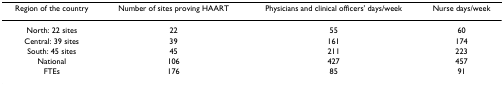
<table><thead><tr><td><b>Region of the country</b></td><td><b>Number of sites proving HAART</b></td><td><b>Physicians and clinical officers&#x27; days/week</b></td><td><b>Nurse days/week</b></td></tr></thead><tbody><tr><td>North: 22 sites</td><td>22</td><td>55</td><td>60</td></tr><tr><td>Central: 39 sites</td><td>39</td><td>161</td><td>174</td></tr><tr><td>South: 45 sites</td><td>45</td><td>211</td><td>223</td></tr><tr><td>National</td><td>106</td><td>427</td><td>457</td></tr><tr><td>FTEs</td><td>176</td><td>85</td><td>91</td></tr></tbody></table>